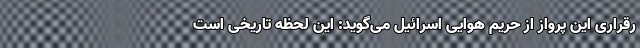
رقراری این پرواز از حریم هوایی اسرائیل می‌گوید: این لحظه تاریخی است